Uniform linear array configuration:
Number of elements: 48
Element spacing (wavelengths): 0.75
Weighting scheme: binomial
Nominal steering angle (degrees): -45
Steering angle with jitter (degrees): -44.001
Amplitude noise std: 0.05
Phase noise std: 0.05

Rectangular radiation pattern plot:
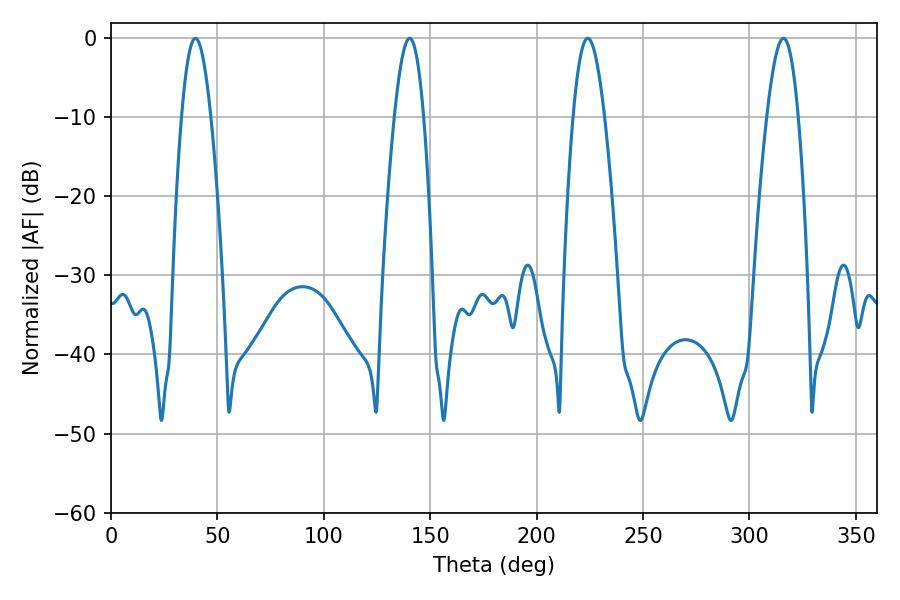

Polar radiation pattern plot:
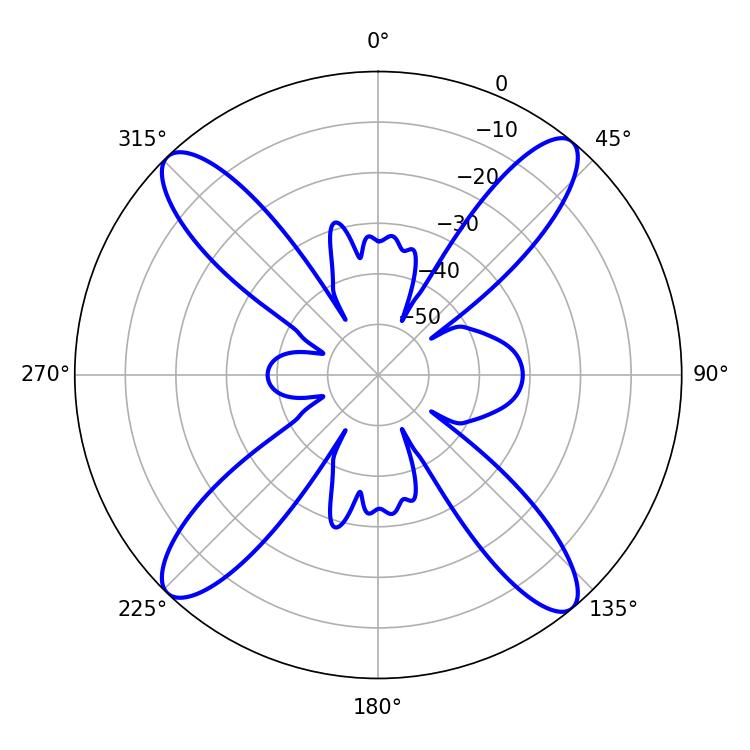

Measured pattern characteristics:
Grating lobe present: TRUE
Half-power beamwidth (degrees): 7.56
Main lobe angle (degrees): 39.6